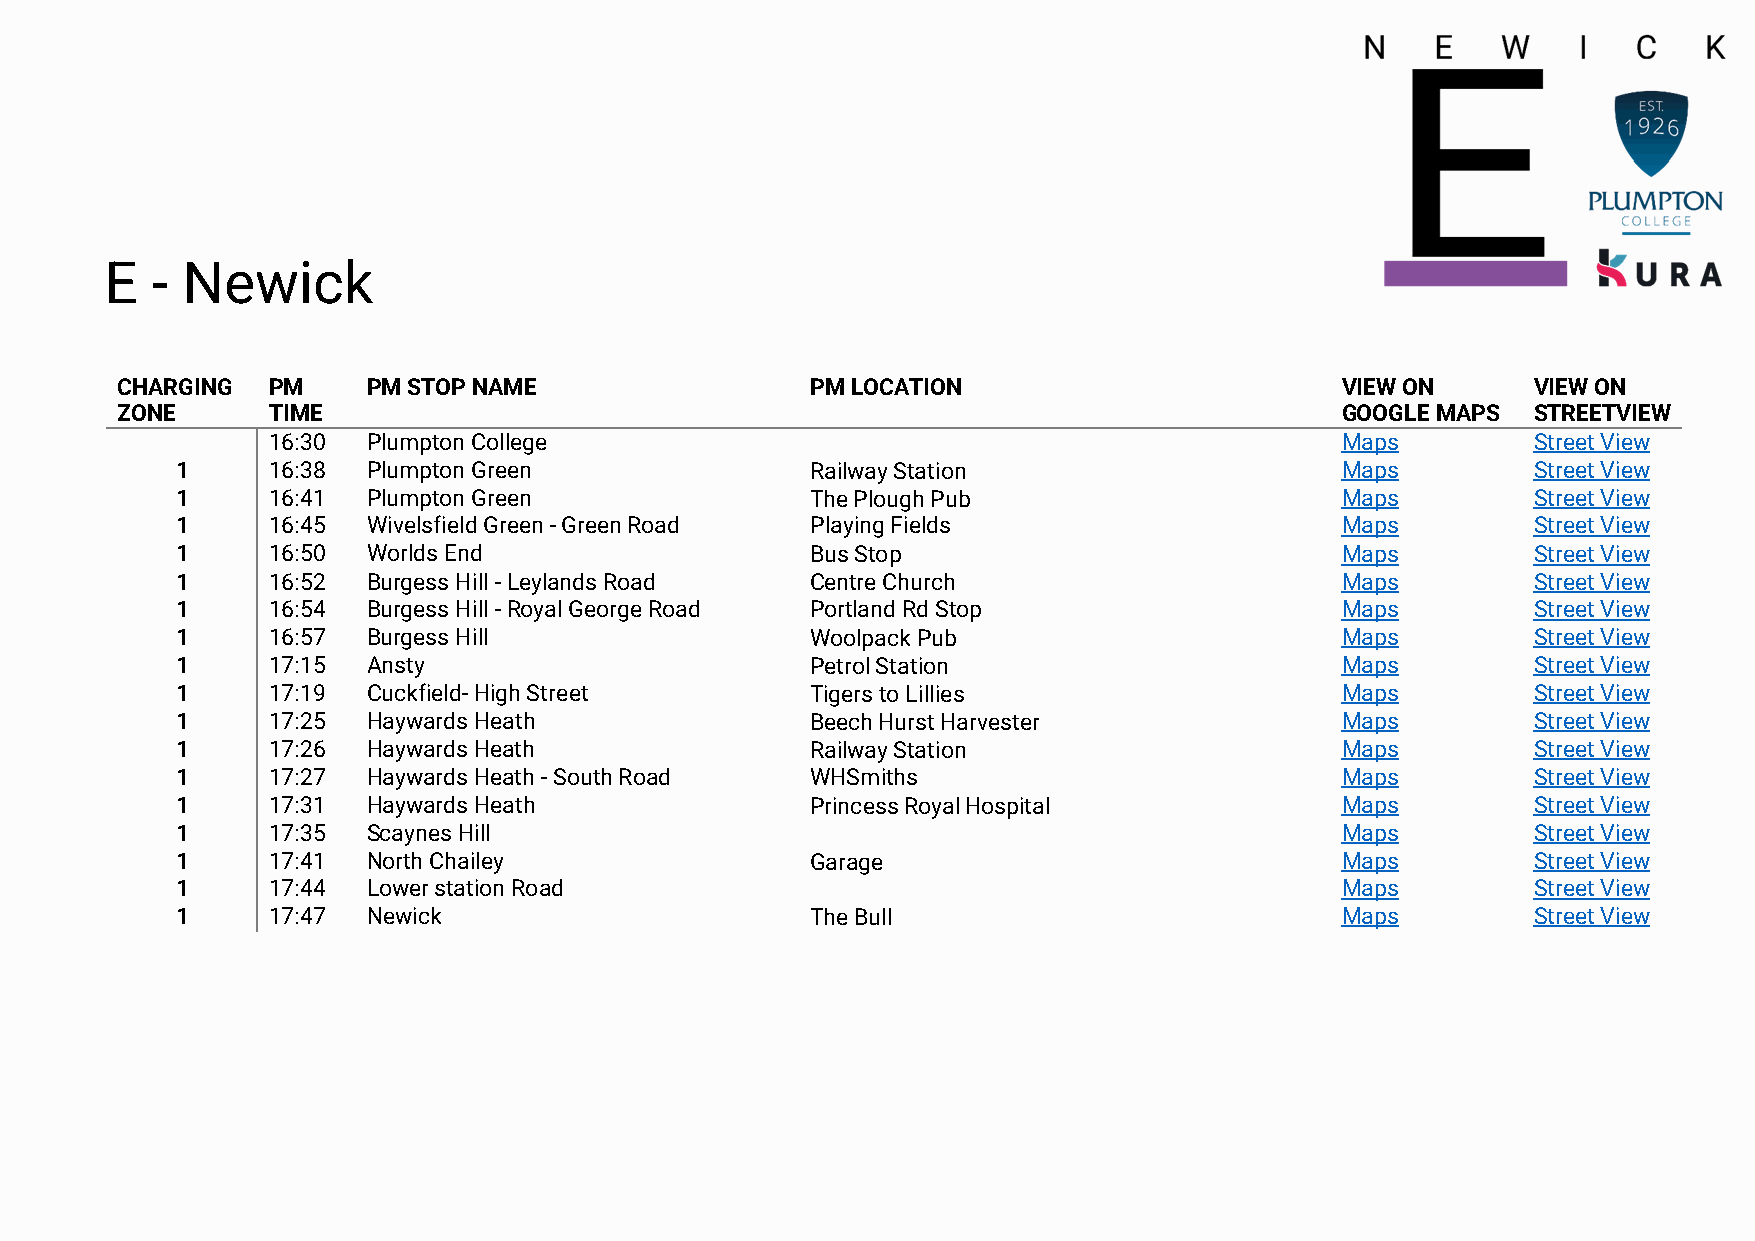
E  - Newick
 CHARGING  PM    PM STOP NAME                  PM LOCATION                        VIEW ON      VIEW ON
 ZONE      TIME                                                                   GOOGLE MAPS  STREETVIEW
 16:30 Plumpton College                                                 Maps         Street View
 1     16:38 Plumpton Green                Railway Station                    Maps         Street View
 1     16:41 Plumpton Green                The Plough Pub                     Maps         Street View
 1     16:45 Wivelsfield Green - Green Road Playing Fields                    Maps         Street View
 1     16:50 Worlds End                    Bus Stop                           Maps         Street View
 1     16:52 Burgess Hill - Leylands Road  Centre Church                      Maps         Street View
 1     16:54 Burgess Hill - Royal George Road Portland Rd Stop                Maps         Street View
 1     16:57 Burgess Hill                  Woolpack Pub                       Maps         Street View
 1     17:15 Ansty                         Petrol Station                     Maps         Street View
 1     17:19 Cuckfield- High Street        Tigers to Lillies                  Maps         Street View
 1     17:25 Haywards Heath                Beech Hurst Harvester              Maps         Street View
 1     17:26 Haywards Heath                Railway Station                    Maps         Street View
 1     17:27 Haywards Heath - South Road   WHSmiths                           Maps         Street View
 1     17:31 Haywards Heath                Princess Royal Hospital            Maps         Street View
 1     17:35 Scaynes Hill                                                     Maps         Street View
 1     17:41 North Chailey                 Garage                             Maps         Street View
 1     17:44 Lower station Road                                               Maps         Street View
 1     17:47 Newick                        The Bull                           Maps         Street View